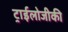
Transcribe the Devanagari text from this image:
ट्राईलोजीकी